Materia medica of Madras volume I
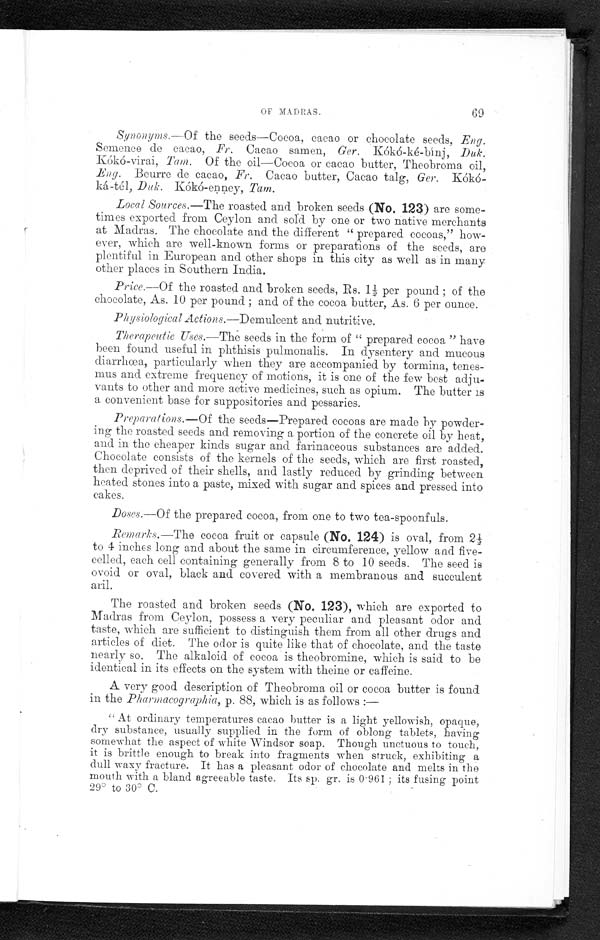
OF MADRAS.
60
Synonyms.—Of the seeds—Cocoa, cacao or chocolate seeds, Eng.
S c me n c e d e c a c a o , F r .
C a c a o s a m e n ,
G e r .
K ó k ó - k é - b í n j , D u k .
Kókó-virai, Tarn. Of the oil—Cocoa or cacao butter, Theobroma oil,
E n
g .
B e u r r e d e c a c a o ,
F r .
C a c a o b u t t e r , C a c a o t a l g ,
G e r .
K ó k ó -
ká-tél, Duk. Kókó-enney, Tam.
Local Sources.—The roasted and broken seeds (No. 123) are some-
times exported from Ceylon and sold by one or two native merchants
at Madras. The chocolate and the different "prepared cocoas," how-
ever, which are well-known forms or preparations of the seeds, aro
plentiful in European and other shops in this city as well as in many
• .
other places in Southern India.
Price.— Of the roasted and broken seeds, Rs. 1½ per pound; of the
chocolate, As. 10 per pound; and of the cocoa butter, As. 6 per ounce.
Physiological Actions.—Demulcent and nutritive.
Therapeutic Uses.—The seeds in the form of "prepared cocoa " have
been found useful in phthisis pulmonalis. In dysentery and mucous
d i a r r h œ a , p a r t i c u l a r l y w h e n t h e y a r e a c c o m p a n i e d b y t o r m i n a ,
tenes-mus and extreme frequency of motions, it is one of the few best adju-
vants to other and more active medicines, such as opium. The butter is
a convenient base for suppositories and pessaries.
Preparations.—Of the seeds—Prepared cocoas are made by powder-
ing the roasted seeds and removing a portion of the concrete oil by heat,
and in the cheaper kinds sugar and farinaceous substances are added.
Chocolate consists of the kernels of the seeds, which are first roasted,
then deprived of their shells, and lastly reduced by grinding between
heated stones into a paste, mixed with sugar and spices and pressed into
cakes.
Doses.—Of the prepared cocoa, from one to two tea-spoonfuls.
Remarks.—The cocoa fruit or capsule (No. 124) is oval, from 2½
to 4 inches long and about the same in circumference, yellow and five-
celled, each cell containing generally from 8 to 10 seeds. The seed is
ovoid or oval, black and covered with a membranous and succulent
aril.
The roasted and broken seeds (No. 123), which are exported to
Madras from Ceylon, possess a very peculiar and pleasant odor and
taste, which are sufficient to distinguish them from all other drugs and
articles of diet. The odor is quite like that of chocolate, and the taste
nearly so. The alkaloid of cocoa is theobromine, which is said to be
identical in its effects on the system with theine or caffeine.
A very good description of Theobroma oil or cocoa butter is found
in the Pharmacographia, p. 88, which is as follows :-
"At ordinary temperatures cacao butter is a light yellowish, opaque,
dry substance, usually supplied in the form of oblong tablets, having
somewhat the aspect of white Windsor soap. Though unctuous to touch,
it is brittle enough to break into fragments when struck, exhibiting a
dull waxy fracture. It has a pleasant odor of chocolate and melts in the
mouth with a bland agreeable taste. Its sp. gr. is 0 . 961; its fusing point
29° to 30° C.